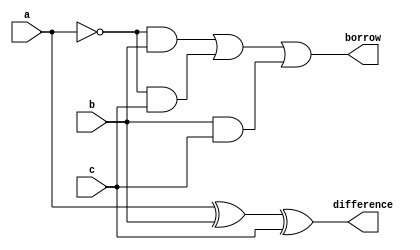
`timescale 1ns / 1ps

module full_subtractor(a,b,c,difference,borrow);

input a,b,c;
output difference,borrow;


assign difference = a ^ b ^ c;
assign borrow = (~a&b) | (~a&c) | (b&c);

endmodule